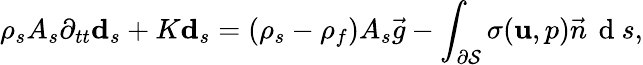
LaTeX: \rho_{s}A_{s}\partial_{tt}\mathbf{d}_{s}+K\mathbf{d}_{s}=(\rho_{s}-\rho_{f})A_{s}\vec{g}-\int_{\partial\cal S}\mathbf{\sigma}(\mathbf{u},p)\vec{n}\, \mathrm{~d~}s,